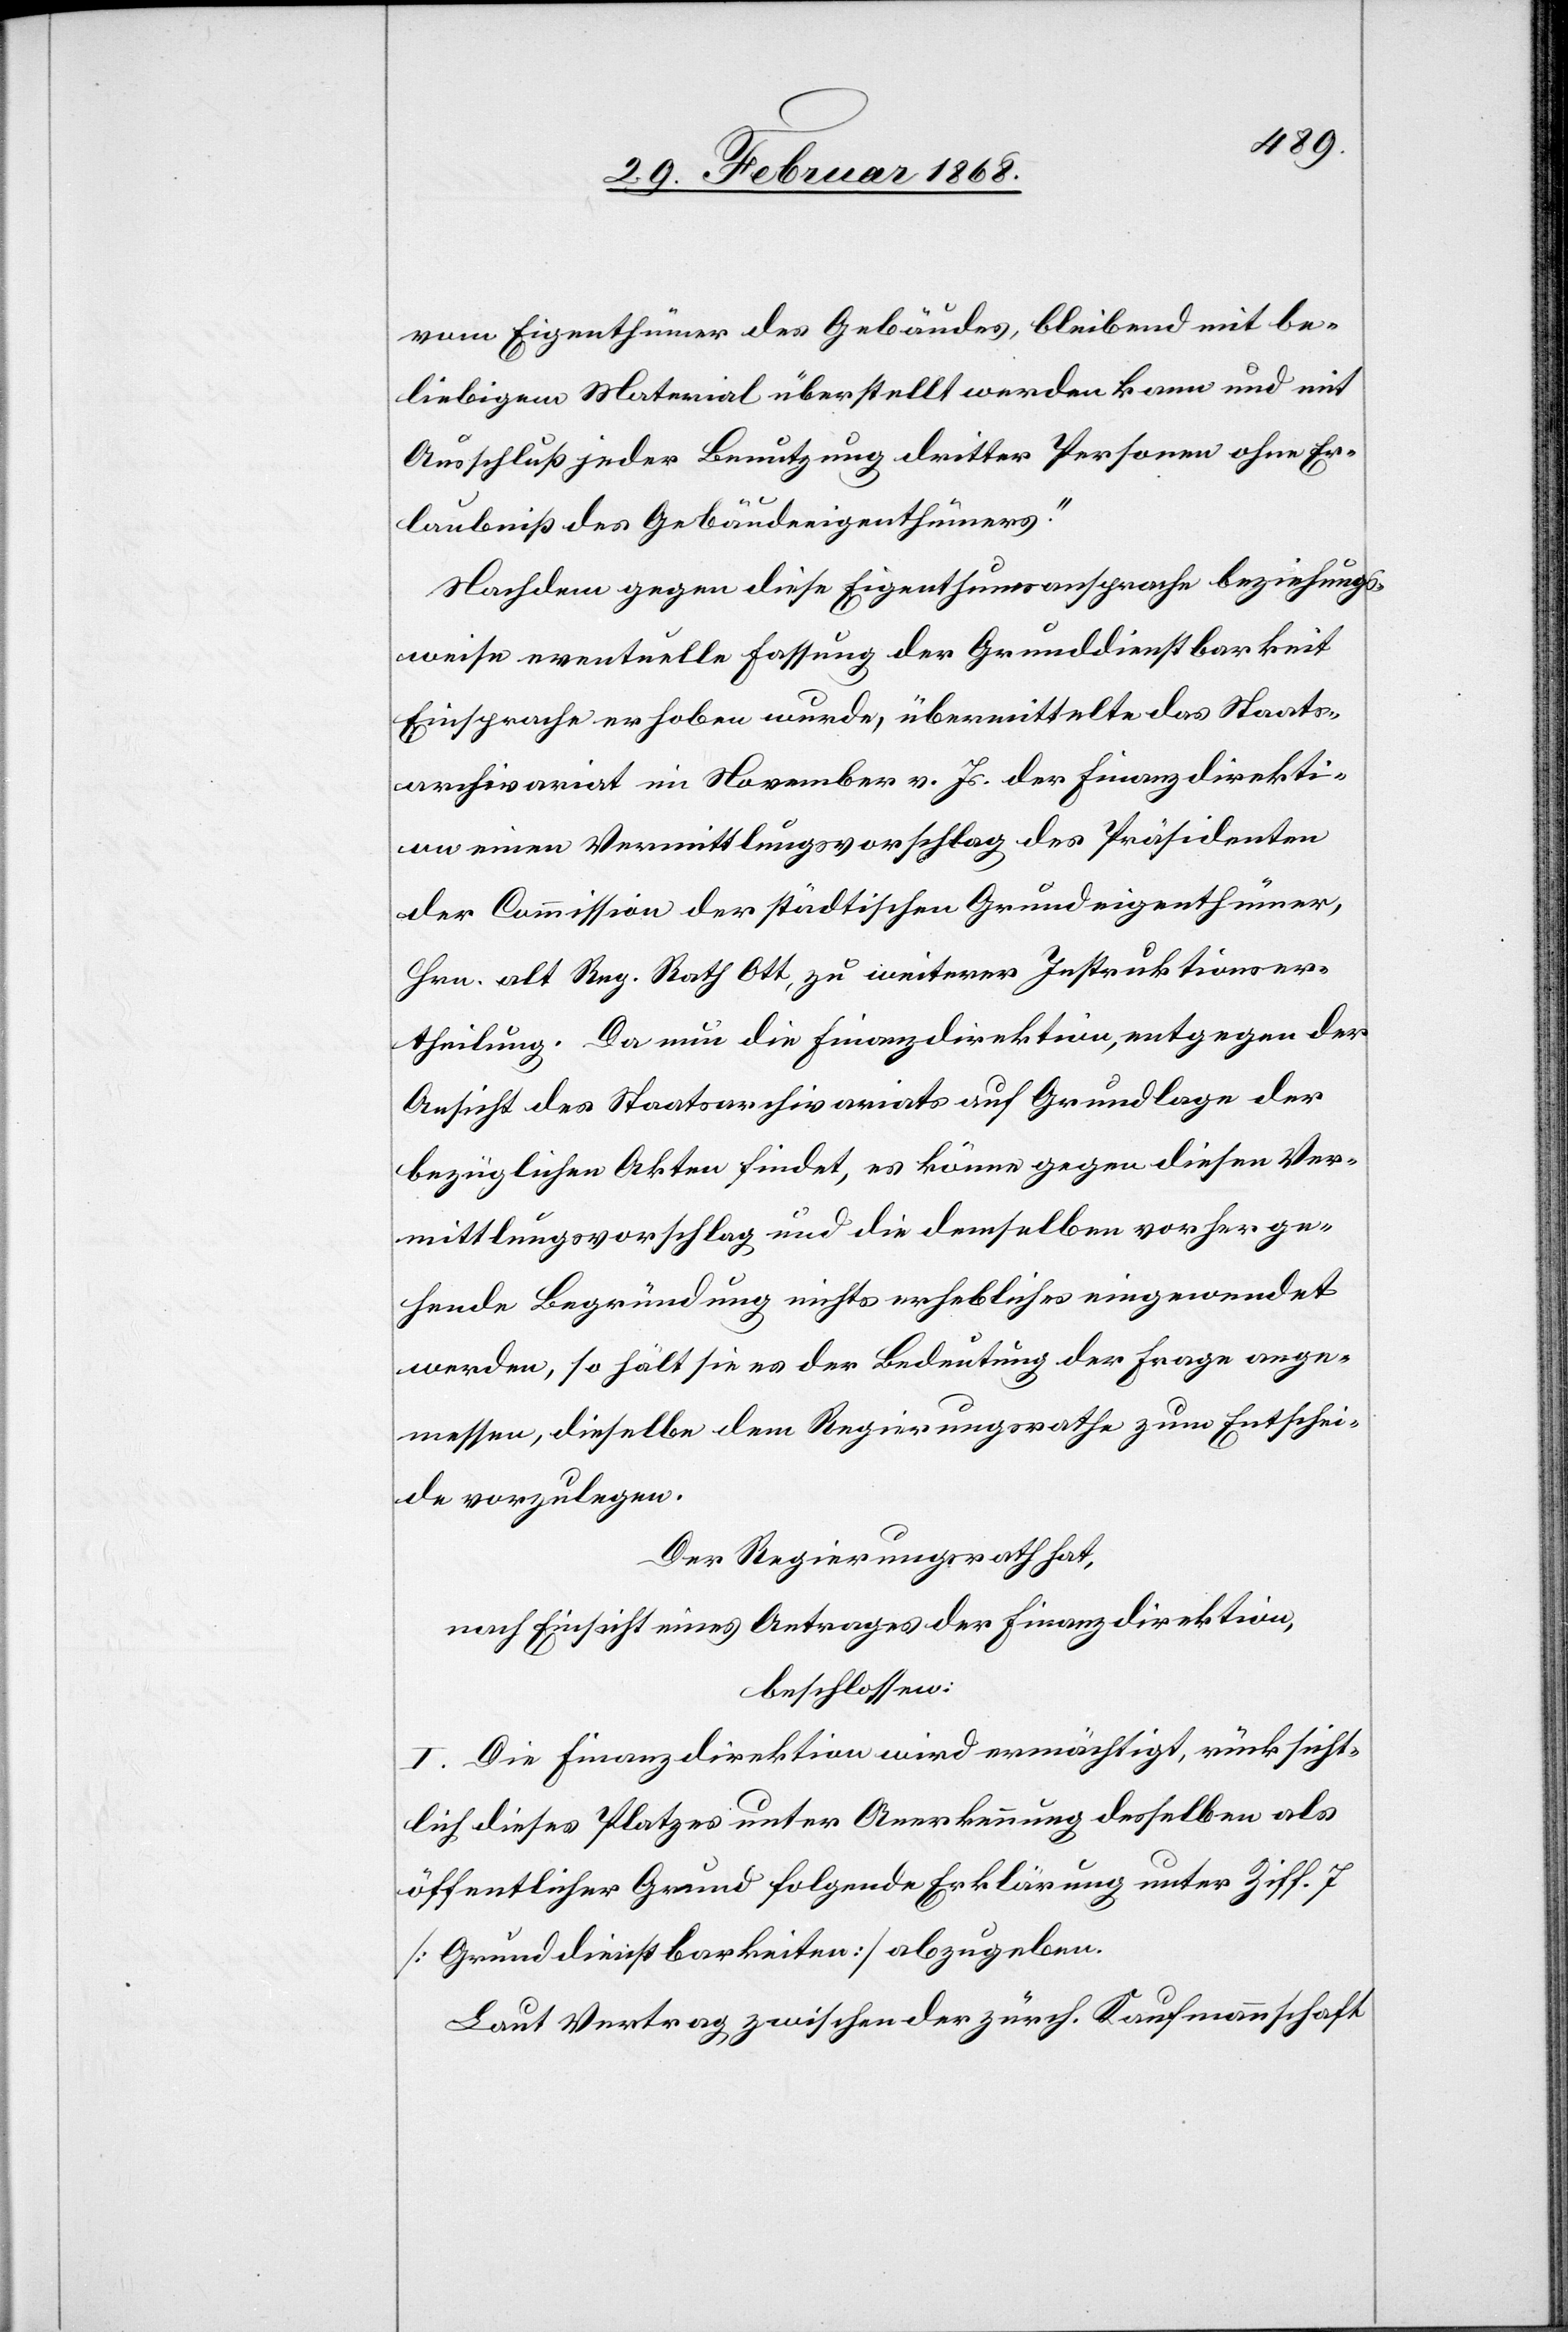
vom Eigenthümer des Gebäudes, bleibend mit be¬
liebigem Material überstellt werden kann und mit
Ausschluß jeder Benutzung dritter Personen ohne Er¬
laubniß des Gebäudeeigenthümers.“
Nachdem gegen diese Eigenthumsansprache beziehungs¬
weise eventuelle Fassung der Grunddienstbarkeit
Einsprache erhoben wurde, übermittelte das Staats¬
archivariat im November v. Js. der Finanzdirekti¬
on einen Vermittlungsvorschlag des Präsidenten
der Commission der städtischen Grundeigenthümer,
Hrn. alt Reg. Rath Ott, zu weiterer Instruktionser¬
theilung. Da nun die Finanzdirektion, entgegen der
Ansicht des Staatsarchivariats auf Grundlage der
bezüglichen Akten findet, es könne gegen diesen Ver¬
mittlungsvorschlag und die demselben vorherge¬
hende Begründung nichts erhebliches eingewendet
werden, so hält sie es der Bedeutung der Frage ange¬
messen, dieselbe dem Regierungsrathe zum Entschei¬
de vorzulegen.
Der Regierungsrath hat,
nach Einsicht eines Antrages der Finanzdirektion,
beschlossen:
I. Die Finanzdirektion wird ermächtigt, rücksicht¬
lich dieses Platzes unter Anerkennung desselben als
öffentlicher Grund folgende Erklärung unter Ziff. 7
[Grunddienstbarkeiten] abzugeben.
Laut Vertrag zwischen der zürch. Kaufmannschaft